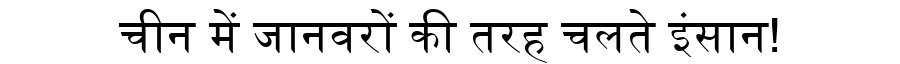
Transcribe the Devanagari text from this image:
चीन में जानवरों की तरह चलते इंसान!